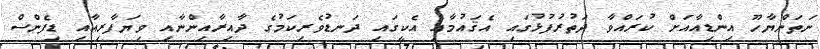
ނަތަންޔާހޫ އިންޑިއާއަށް ކުރައްވާ ދަތުރުފުޅުގައި އެޤައުމާއި އެކީގައި ދަނޑުވެރިކަމުގެ ދާއިރާއިންނާއި ވިޔަފާރިއާއި ޑިފެންސް